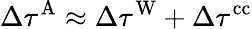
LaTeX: \Delta\tau^{\mathrm{A}}\approx\Delta\tau^{\mathrm{W}}+\Delta\tau^{\mathrm{cc}}